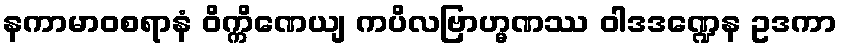
နကာမာဝစရာနံ ဝိက္ကိဏေယျ ကပိလဗြာဟ္မဏဿ ဝါဒဒဏ္ဍေန ဥဒကာ